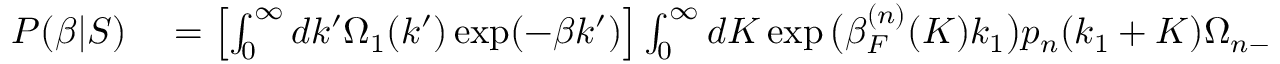
\begin{array} { r l } { P ( \beta | S ) } & { { } = \left[ \int _ { 0 } ^ { \infty } d k ^ { \prime } \Omega _ { 1 } ( k ^ { \prime } ) \exp ( - \beta k ^ { \prime } ) \right] \int _ { 0 } ^ { \infty } d K \exp \big ( \beta _ { F } ^ { ( n ) } ( K ) k _ { 1 } \big ) p _ { n } ( k _ { 1 } + K ) \Omega _ { n - 1 } ( K ) \delta \big ( \beta - \beta _ { F } ^ { ( n ) } ( K ) \big ) } \end{array}